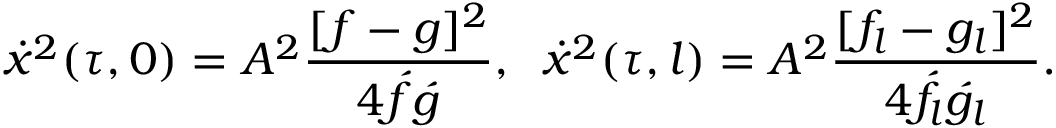
\dot { x } ^ { 2 } ( \tau , 0 ) = A ^ { 2 } \frac { [ f - g ] ^ { 2 } } { 4 \acute { f } \acute { g } } , \; \; \dot { x } ^ { 2 } ( \tau , l ) = A ^ { 2 } \frac { [ f _ { l } - g _ { l } ] ^ { 2 } } { 4 \acute { f } _ { l } \acute { g } _ { l } } .